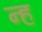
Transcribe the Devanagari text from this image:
न्ह